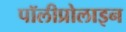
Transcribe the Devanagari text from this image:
पॉलीप्रोलाइन